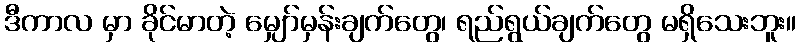
ဒီကာလ မှာ ခိုင်မာတဲ့ မျှော်မှန်းချက်တွေ၊ ရည်ရွယ်ချက်တွေ မရှိသေးဘူး။